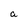
Character: a